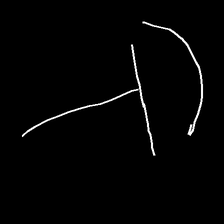
Glyph: dispersion